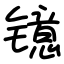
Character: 镱